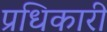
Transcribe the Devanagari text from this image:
प्रधिकारी